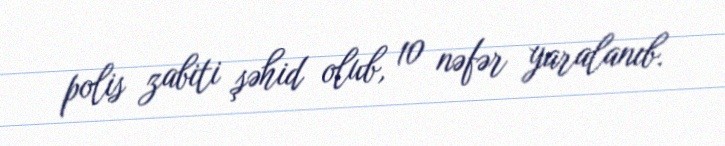
polis zabiti şəhid olub, 10 nəfər yaralanıb.